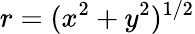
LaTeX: r=(x^{2}+y^{2})^{1/2}